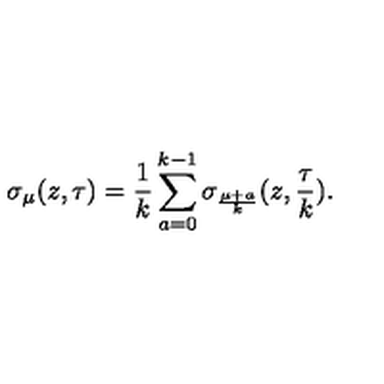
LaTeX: \sigma _ { \mu } ( z , \tau ) = \frac { 1 } { k } \sum _ { a = 0 } ^ { k - 1 } \sigma _ { \frac { \mu + a } { k } } ( z , \frac { \tau } { k } ) .